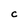
Character: C